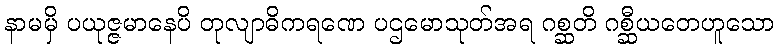
နာမမှိ ပယုဇ္ဇမာနေပိ တုလျာဓိကရဏေ ပဌမောသုတ်အရ ဂစ္ဆတိ ဂစ္ဆီယတေဟူသော